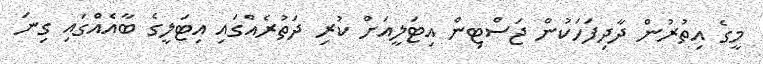
މީގެ އިތުރުން ދާދިފަހަކުން ޖަސްޓިން އިޓަލީއަށް ކުރި ދަތުރެއްގައި އިޓަލީގެ ބާއެއްގައި ގިނަ